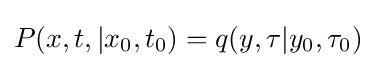
P(x,t,|x_{0},t_{0})=q(y,\tau |y_{0},\tau _{0})